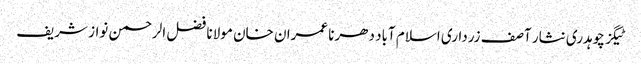
ٹیگز چوہدری نثار آصف زرداری اسلام آباد دھرنا عمران خان مولانا فضل الرحمن نواز شریف